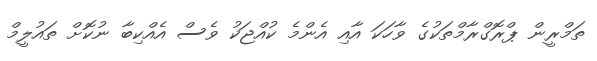
ތަމްރީން ޕްރޮގްރާމްތަކުގެ ވާހަކަ އާއި އެންމެ ކުއްޖަކު ވެސް އެއްކިބާ ނުކޮށް ތައުލީމް